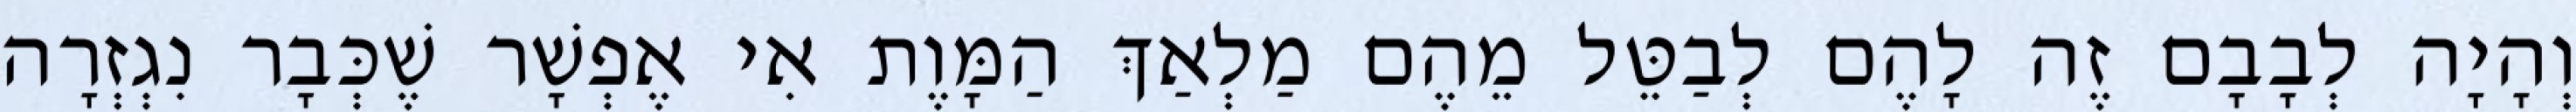
וְהָיָה לְבָבָם זֶה לָהֶם לְבַטֵּל מֵהֶם מַלְאַךְ הַמָּוֶת אִי אֶפְשָׁר שֶׁכְּבָר נִגְזְרָה